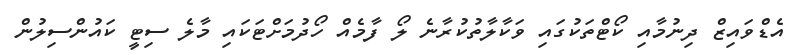
އެޑްވައިޒް ދިނުމާއި ކޯޓްތަކުގައި ވަކާލާތުކުރާނެ ލޯ ފާމެއް ހޯދުމަށްޓަކައި މާލެ ސިޓީ ކައުންސިލުން